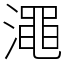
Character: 澠